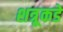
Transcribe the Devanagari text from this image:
शत्रूकडे